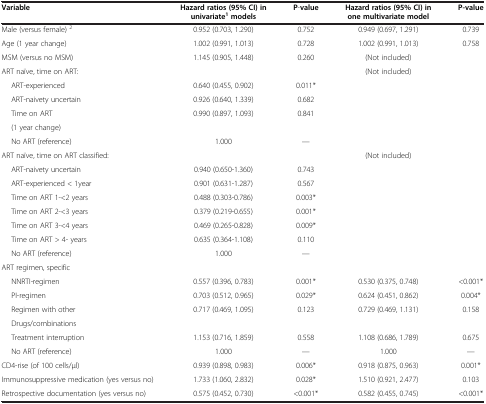
<table><thead><tr><td><b>Variable</b></td><td><b>Hazard ratios(95%CI)in univariate<sup>1</sup>models</b></td><td><b>P-value</b></td><td><b>Hazard ratios(95%CI)in one multivariate model</b></td><td><b>P-value</b></td></tr></thead><tbody><tr><td>Male (versus female) <sup>2</sup></td><td>0.952 (0.703, 1.290)</td><td>0.752</td><td>0.949 (0.697, 1.291)</td><td>0.739</td></tr><tr><td>Age (1 year change)</td><td>1.002 (0.991, 1.013)</td><td>0.728</td><td>1.002 (0.991, 1.013)</td><td>0.758</td></tr><tr><td>MSM (versus no MSM)</td><td>1.145 (0.905, 1.448)</td><td>0.260</td><td>(Not included)</td><td> </td></tr><tr><td>ART naïve, time on ART:</td><td> </td><td> </td><td>(Not included)</td><td> </td></tr><tr><td>ART-experienced</td><td>0.640 (0.455, 0.902)</td><td>0.011*</td><td> </td><td> </td></tr><tr><td>ART-naivety uncertain</td><td>0.926 (0.640, 1.339)</td><td>0.682</td><td> </td><td> </td></tr><tr><td>Time on ART</td><td>0.990 (0.897, 1.093)</td><td>0.841</td><td> </td><td> </td></tr><tr><td>(1 year change)</td><td> </td><td> </td><td> </td><td> </td></tr><tr><td>No ART (reference)</td><td>1.000</td><td>—</td><td> </td><td> </td></tr><tr><td>ART naïve, time on ART classified:</td><td> </td><td> </td><td>(Not included)</td><td> </td></tr><tr><td>ART-naivety uncertain</td><td>0.940 (0.650-1.360)</td><td>0.743</td><td> </td><td> </td></tr><tr><td>ART-experienced &lt; 1year</td><td>0.901 (0.631-1.287)</td><td>0.567</td><td> </td><td> </td></tr><tr><td>Time on ART 1-&lt;2 years</td><td>0.488 (0.303-0.786)</td><td>0.003*</td><td> </td><td> </td></tr><tr><td>Time on ART 2-&lt;3 years</td><td>0.379 (0.219-0.655)</td><td>0.001*</td><td> </td><td> </td></tr><tr><td>Time on ART 3-&lt;4 years</td><td>0.469 (0.265-0.828)</td><td>0.009*</td><td> </td><td> </td></tr><tr><td>Time on ART &gt; 4- years</td><td>0.635 (0.364-1.108)</td><td>0.110</td><td> </td><td> </td></tr><tr><td>No ART (reference)</td><td>1.000</td><td>—</td><td> </td><td> </td></tr><tr><td>ART regimen, specific</td><td colspan="4"> </td></tr><tr><td>NNRTI-regimen</td><td>0.557 (0.396, 0.783)</td><td>0.001*</td><td>0.530 (0.375, 0.748)</td><td>&lt;0.001*</td></tr><tr><td>PI-regimen</td><td>0.703 (0.512, 0.965)</td><td>0.029*</td><td>0.624 (0.451, 0.862)</td><td>0.004*</td></tr><tr><td>Regimen with other</td><td>0.717 (0.469, 1.095)</td><td>0.123</td><td>0.729 (0.469, 1.131)</td><td>0.158</td></tr><tr><td>Drugs/combinations</td><td colspan="4"> </td></tr><tr><td>Treatment interruption</td><td>1.153 (0.716, 1.859)</td><td>0.558</td><td>1.108 (0.686, 1.789)</td><td>0.675</td></tr><tr><td>No ART (reference)</td><td>1.000</td><td>—</td><td>1.000</td><td>—</td></tr><tr><td>CD4-rise (of 100 cells/μl)</td><td>0.939 (0.898, 0.983)</td><td>0.006*</td><td>0.918 (0.875, 0.963)</td><td>0.001*</td></tr><tr><td>Immunosuppressive medication (yes versus no)</td><td>1.733 (1.060, 2.832)</td><td>0.028*</td><td>1.510 (0.921, 2.477)</td><td>0.103</td></tr><tr><td>Retrospective documentation (yes versus no)</td><td>0.575 (0.452, 0.730)</td><td>&lt;0.001*</td><td>0.582 (0.455, 0.745)</td><td>&lt;0.001*</td></tr></tbody></table>